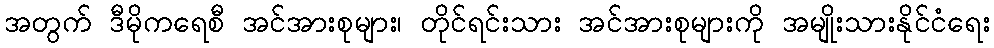
အတွက် ဒီမိုကရေစီ အင်အားစုများ၊ တိုင်ရင်းသား အင်အားစုများကို အမျိုးသားနိုင်ငံရေး